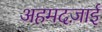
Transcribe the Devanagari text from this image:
अहमदज़ाई